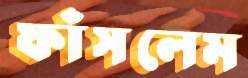
ফাঁসলেম